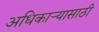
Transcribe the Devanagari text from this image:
अधिकाऱ्यासाठी